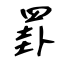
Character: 罫